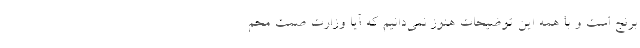
برنج است و با همه این توضیحات هنوز نمی‌دانیم که آیا وزارت صمت محم